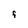
Character: f